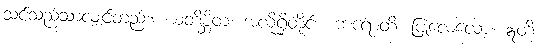
သင်သည်သာလျှင်တည်း။ ယတိစ္ဆိတံ၊ အလိုရှိတိုင်း။ ကရောတိ၊ ပြုလေလော့။ ဣတိ၊